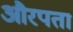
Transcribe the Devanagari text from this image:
औरपता